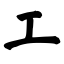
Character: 工